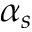
\alpha _ { s }